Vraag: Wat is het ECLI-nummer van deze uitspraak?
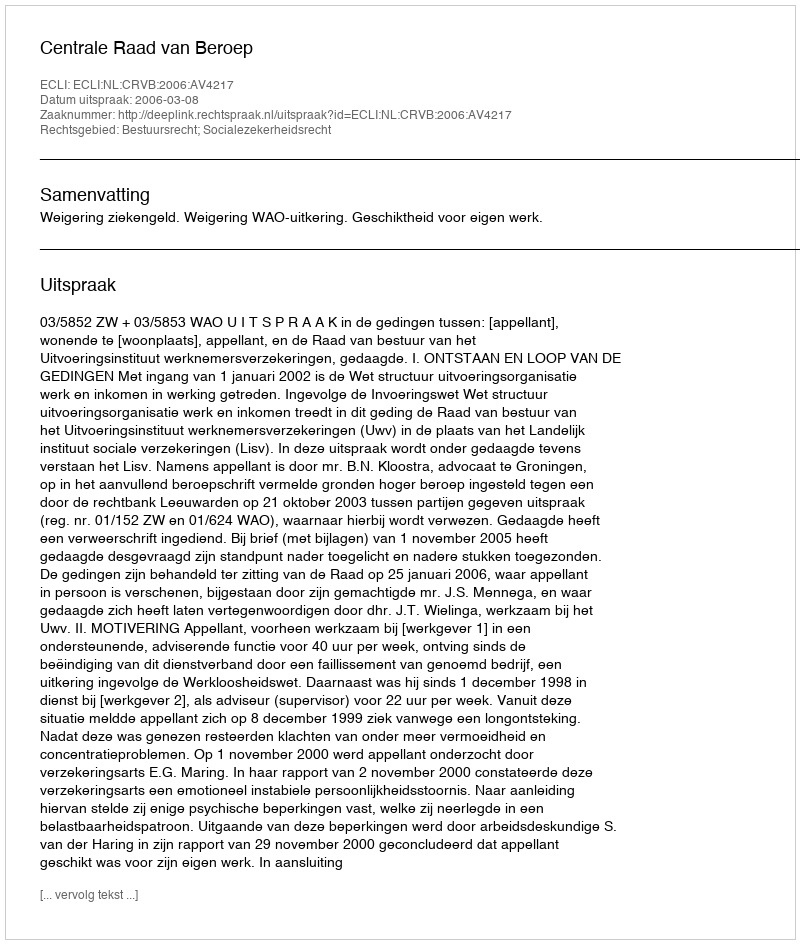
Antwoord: ECLI:NL:CRVB:2006:AV4217